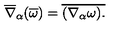
\overline { { \nabla } } _ { \alpha } ( \overline { { \omega } } ) = \overline { { ( \nabla _ { \alpha } \omega ) . } }